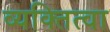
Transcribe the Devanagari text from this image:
व्यक्तित्वा